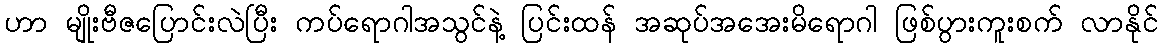
ဟာ မျိုးဗီဇပြောင်းလဲပြီး ကပ်ရောဂါအသွင်နဲ့ ပြင်းထန် အဆုပ်အအေးမိရောဂါ ဖြစ်ပွားကူးစက် လာနိုင်